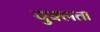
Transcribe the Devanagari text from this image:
युक्लता